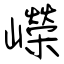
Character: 嶸